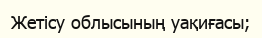
Жетісу облысының уақиғасы;